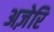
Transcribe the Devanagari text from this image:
अज़ेरि